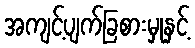
အကျင့်ပျက်ခြစားမှုနှင့်